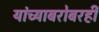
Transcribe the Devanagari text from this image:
यांच्याबरोबरही